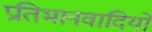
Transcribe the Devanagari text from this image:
प्रतिभानवादियों